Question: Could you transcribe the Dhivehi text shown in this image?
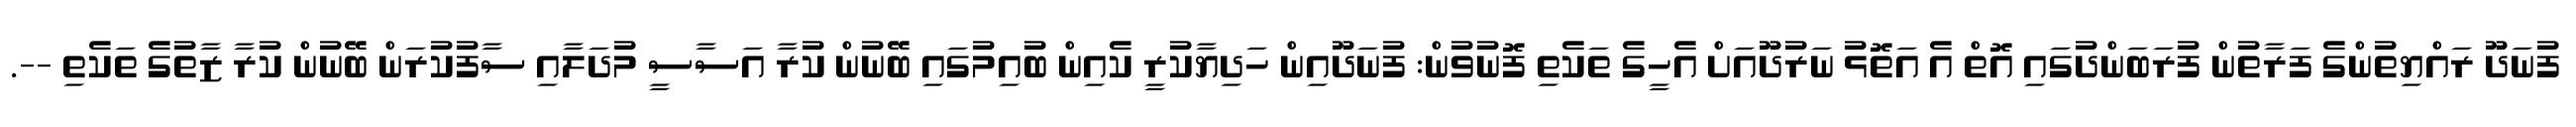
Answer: ފުނަދޫ ރައްޔިތުންގެ ފަރާތުން ފުރަބަންދުގައި އޮތް އެ އަތޮޅު ނަރުދޫއަށް އެހީގެ ތަކެތި ފޮނުވުން: ފުނަދޫއިން ހަދިޔާކުރީ ކެއިން ބުއިމުގައި ބޭނުން ކުރާ އަސާސީ މުދަލާއި ސާފުކުރަން ބޭނުން ކުރާ ޒާތުގެ ތަކެތި --.